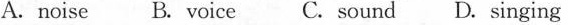
A.noise B. Voice C. sound D. Singing